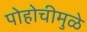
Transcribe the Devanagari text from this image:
पोहोचीमुळे